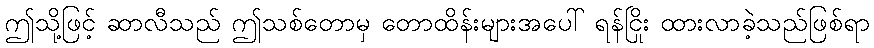
ဤသို့ဖြင့် ဆာလီသည် ဤသစ်တောမှ တောထိန်းများအပေါ် ရန်ငြိုး ထားလာခဲ့သည်ဖြစ်ရာ